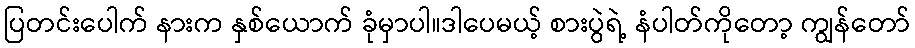
ပြတင်းပေါက် နားက နှစ်ယောက် ခုံမှာပါ။ဒါပေမယ့် စားပွဲရဲ့ နံပါတ်ကိုတော့ ကျွန်တော်